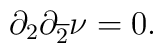
\partial_{2} \partial_{\overline{2}}\nu = 0.